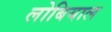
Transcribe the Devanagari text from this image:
लोबियाल